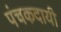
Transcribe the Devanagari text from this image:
पंचकदायी